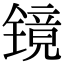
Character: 镜